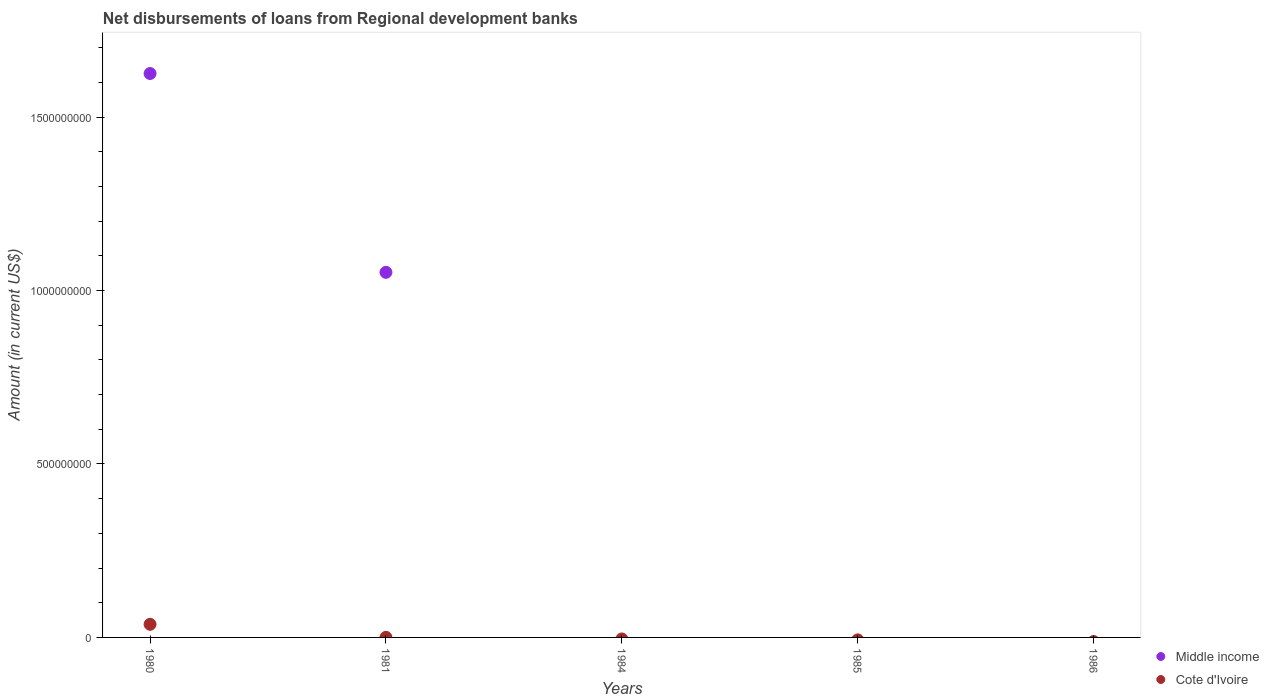
| Years | Middle income | Cote d'Ivoire |
 | --- | --- | --- |
 | 1980 | 1.63e+09 | 3.78e+07 |
 | 1981 | 1.05e+09 | 2.31e+05 |
 | 1984 | -4.69e+07 | -4.42e+06 |
 | 1985 | -4.54e+08 | -7.08e+06 |
 | 1986 | -7.54e+08 | -1.19e+07 |